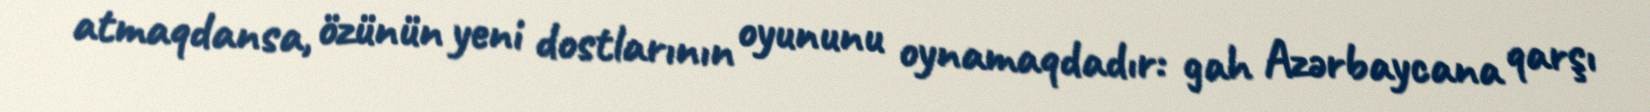
atmaqdansa, özünün yeni dostlarının oyununu oynamaqdadır: gah Azərbaycana qarşı